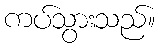
ကပ်သွားသည်။